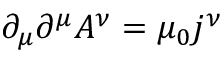
\partial _ { \mu } \partial ^ { \mu } A ^ { \nu } = \mu _ { 0 } j ^ { \nu }